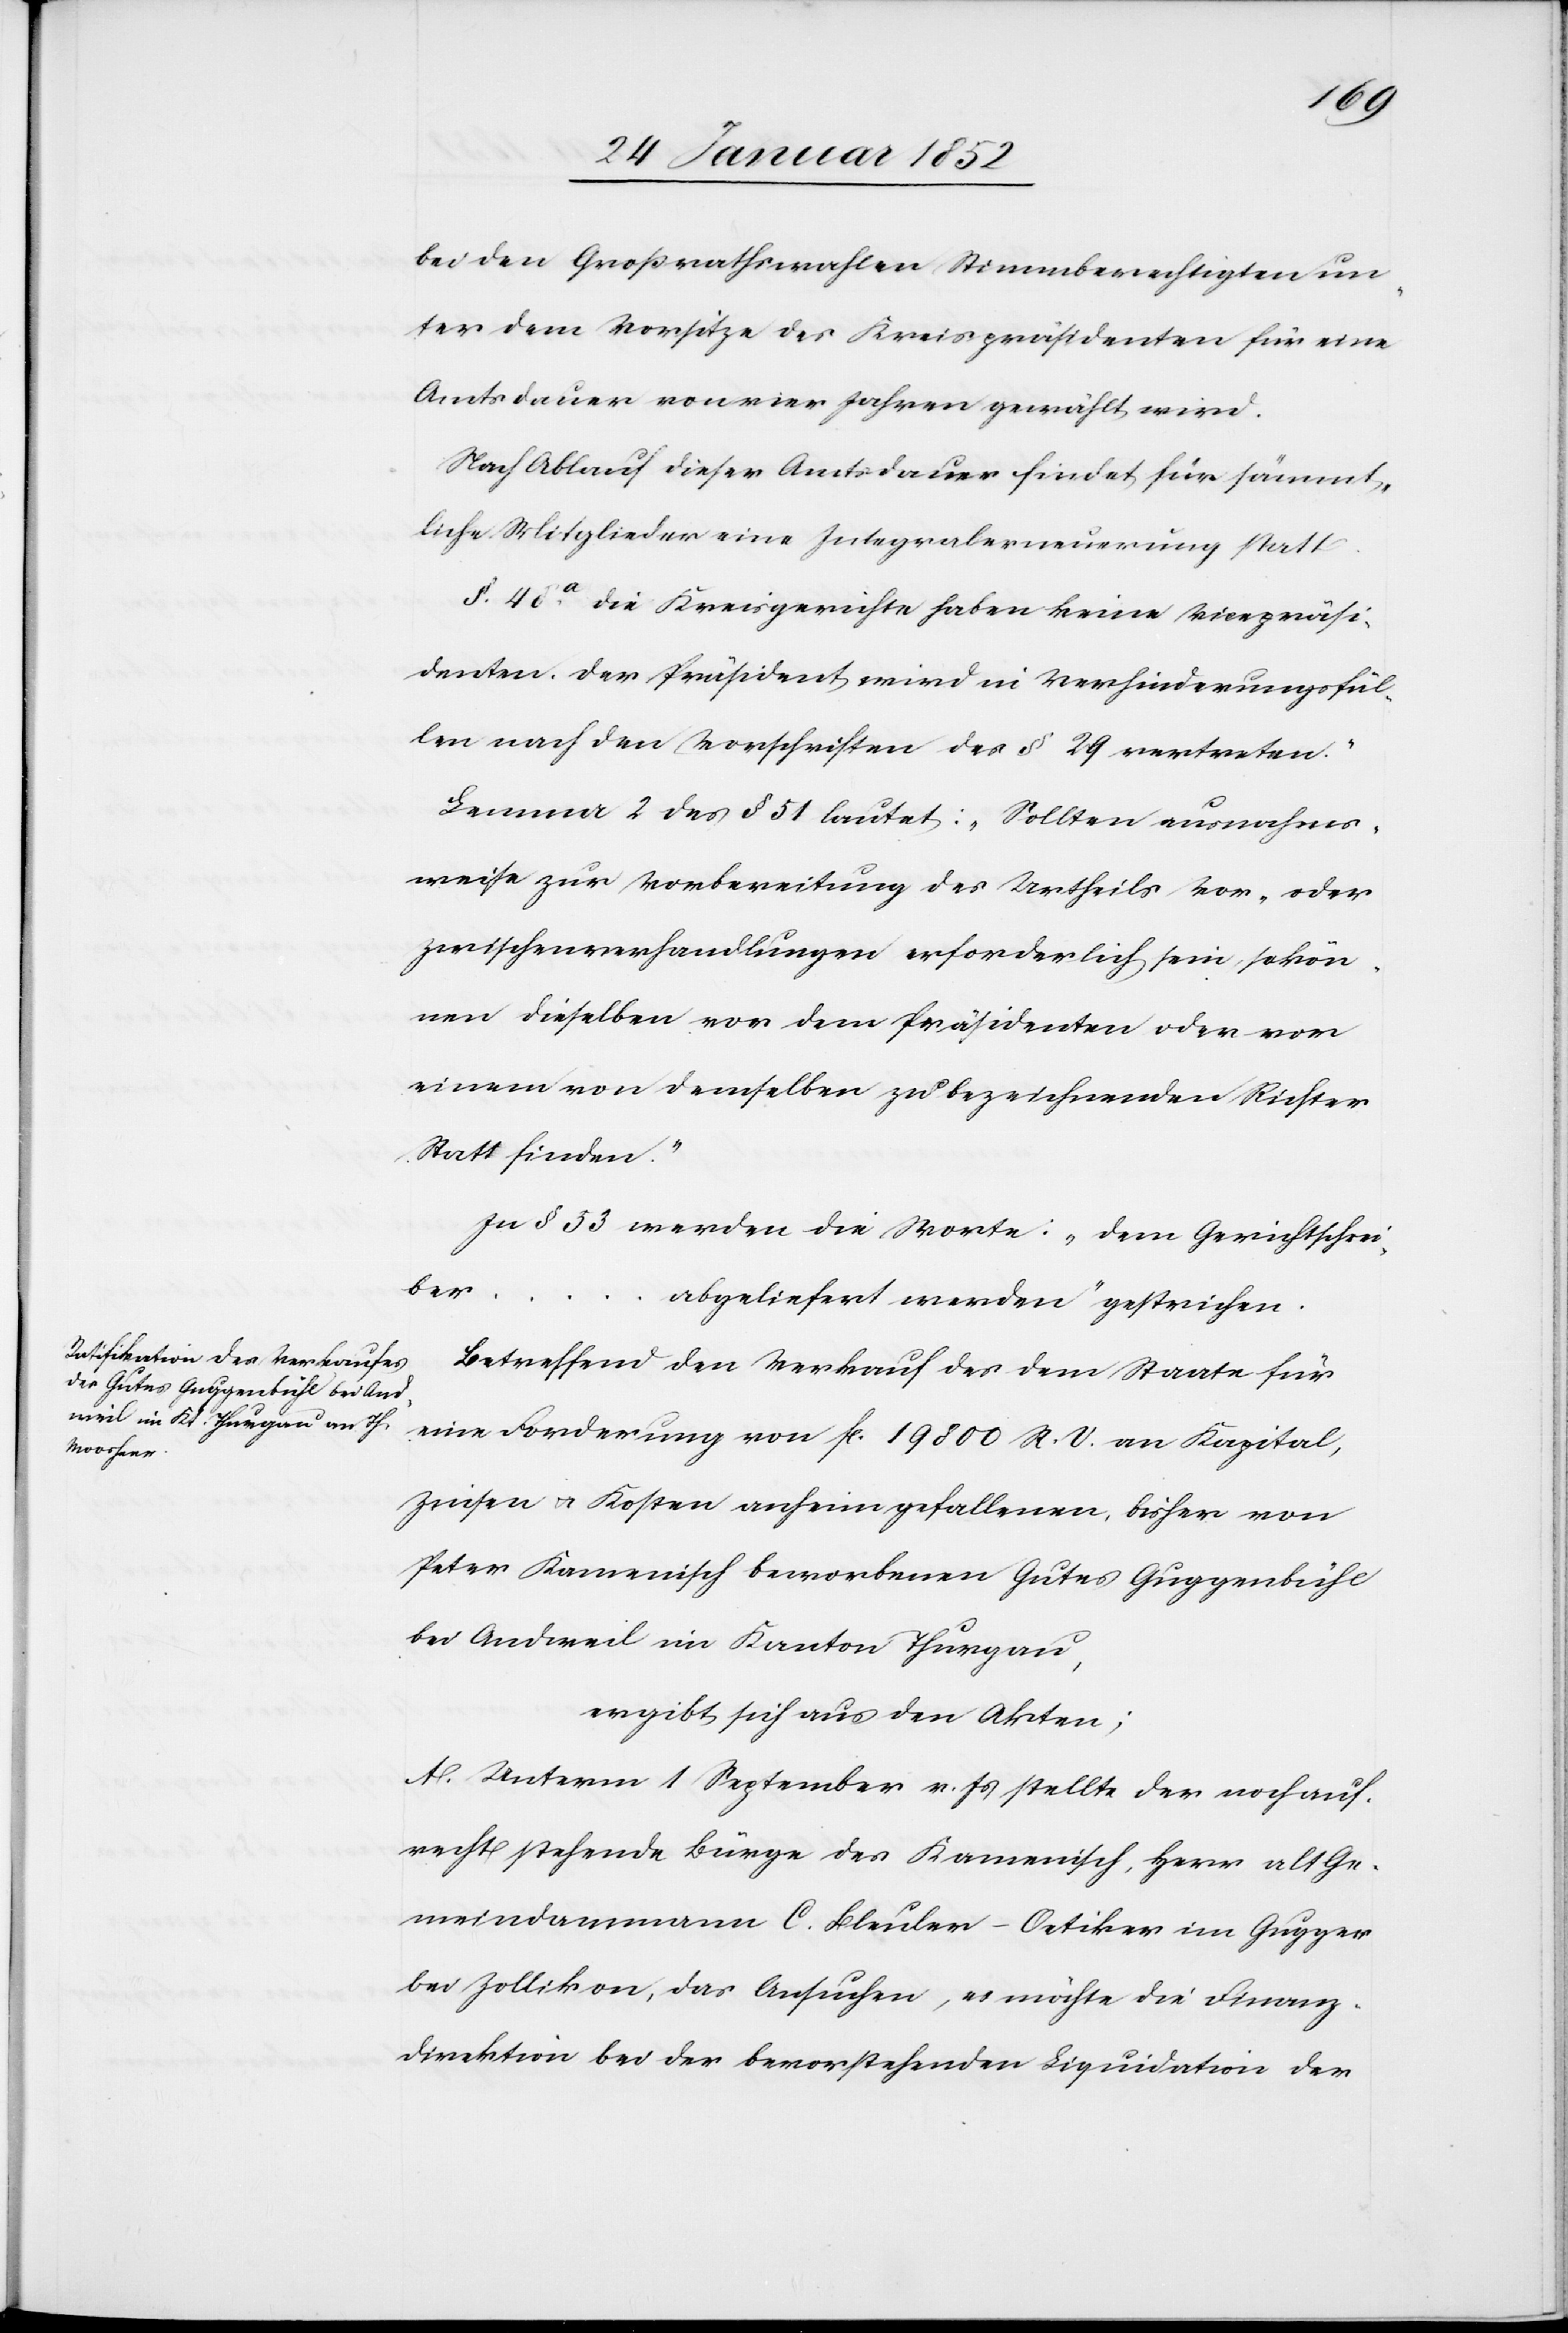
bei den Großrathswahlen Stimmberechtigten un¬
ter dem Vorsitze des Kreispräsidenten für eine
Amtsdauer von vier Jahren gewählt wird.
Nach Ablauf dieser Amtsdauer findet für sämmt¬
liche Mitglieder eine Integralerneuerung statt.[“]
§. 48a Die Kreisgerichte haben keine Vicepräsi¬
denten. Der Präsident wird in Verhinderungsfäl¬
len nach den Vorschriften des § 29 vertreten.“
Lemma 2 des § 51 lautet: „Sollten ausnahms¬
weise zur Vorbereitung des Urtheils vor- oder
Zwischenhandlungen erforderlich sein, so kön¬
nen dieselben vor dem Präsidenten oder vom
einen von demselben zu bezeichnenden Richter
Statt finden.“
In § 53 werden die Worte: „dem Gerichtsschrei¬
ber
abgeliefert werden“ gestrichen.
Betreffend den Verkauf des dem Staate für
eine Forderung von fl. 19800 R. V. an Kapital,
Zinsen u. Kosten anheimgefallenen, bisher von
Peter Kamenisch beworbenen Gutes Guggenbühl
bei Andweil im Kanton Thurgau,
ergibt sich aus den Akten;
A. Unterm 1 September v. Js stellte der noch auf¬
recht stehende Bürge des Kamenisch, Herr alt Ge¬
meindammann C. Bleuler-Oetiker im Gugger
bei Zollikon, das Ansuchen, es möchte die Finanz¬
direktion bei der bevorstehenden Liquidation der